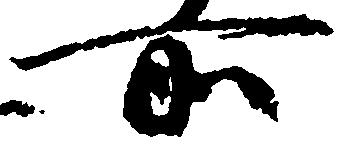
所